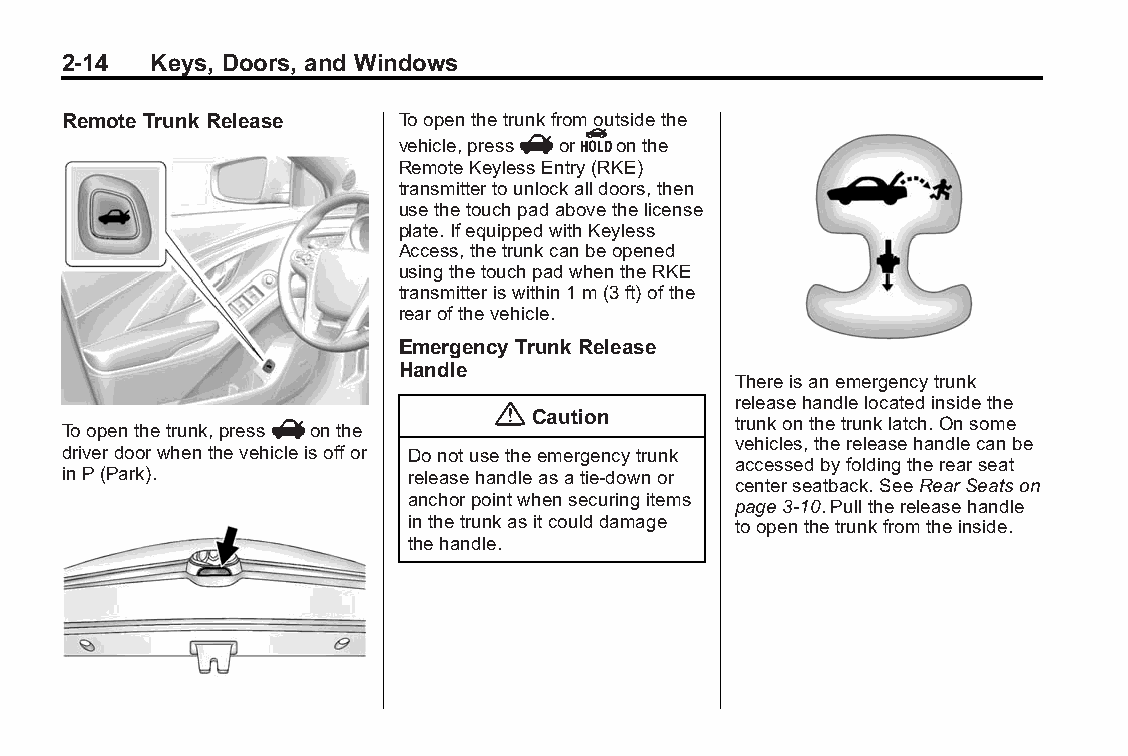
Buick LaCrosse Owner Manual (GMNA-Localizing-U.S./Canada/Mexico- Blackplate(14,1)
 6043609)-2014-2ndEdition-10/24/13
 2-14  Keys, Doors, and Windows
 Remote Trunk Release  Toopenthetrunkfromoutsidethe
 vehicle,pressVorYonthe
 RemoteKeylessEntry(RKE)
 transmittertounlockalldoors,then
 usethetouchpadabovethelicense
 plate.IfequippedwithKeyless
 Access,thetrunkcanbeopened
 usingthetouchpadwhentheRKE
 transmitteriswithin1m(3ft)ofthe
 rearofthevehicle.
 EmergencyTrunkRelease
 Handle
 Thereisanemergencytrunk
 {               releasehandlelocatedinsidethe
 Caution
 Toopenthetrunk,pressVonthe                  trunkonthetrunklatch.Onsome
 vehicles,thereleasehandlecanbe
 driverdoorwhenthevehicleisoffor Donotusetheemergencytrunk
 accessedbyfoldingtherearseat
 inP(Park).             releasehandleasatie-downor
 centerseatback.SeeRearSeatson
 anchorpointwhensecuringitems
 page3-10.Pullthereleasehandle
 inthetrunkasitcoulddamage toopenthetrunkfromtheinside.
 thehandle.